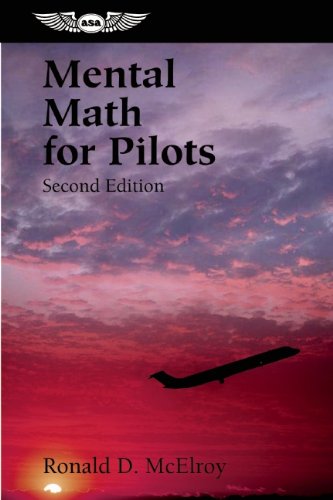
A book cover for Mental Math for Pilots: A Study Guide (Professional Aviation series); Ronald D. McElroy; Engineering & Transportation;